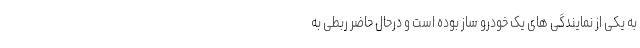
به یکی از نمایندگی های یک خودرو ساز بوده است و درحال حاضر ربطی به